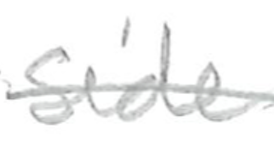
Text: side
Cross-out: single-line
Writing tool: pencil